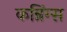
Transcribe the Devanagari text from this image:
कन्निंग्स